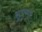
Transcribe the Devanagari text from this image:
सुपुष्पा